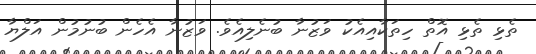
ތެޅި ތެޅި އޮތް ހިތަކާއިއެކު ވަޒުނާ ބުނެލިއެވެ. ވަޒުނާ އެހެން ބުނުމުން އަލްޔާ